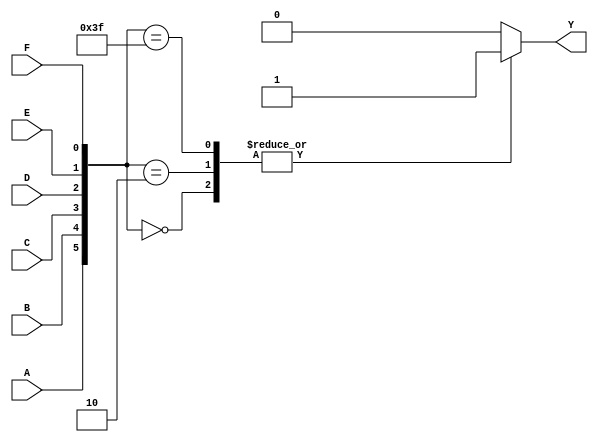
module six_variable_kmap (
    input wire A,  // Input variable A
    input wire B,  // Input variable B
    input wire C,  // Input variable C
    input wire D,  // Input variable D
    input wire E,  // Input variable E
    input wire F,  // Input variable F
    output reg Y   // Output Y
);

// Always block to evaluate the K-map output
always @(*) begin
    // Initialize Y
    Y = 0;
    
    // Checking conditions based on the K-map logic
    // Example logic: Fill in your function based on your K-map grouping
    // This is a placeholder for the actual K-map implementation
    case ({A, B, C, D, E, F})
        6'b000000: Y = 1; // Cell for input combination 000000
        6'b000001: Y = 0; // Cell for input combination 000001
        6'b000010: Y = 1; // Example cell
        // Continue to populate the K-map based on your specific conditions
        // ...
        6'b111111: Y = 1; // Last cell for input combination 111111
        default:   Y = 0; // Default case for any unassigned inputs
    endcase
end

endmodule